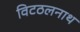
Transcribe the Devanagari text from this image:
विटठलनाथ